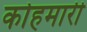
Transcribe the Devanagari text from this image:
कोहमारी